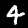
Digit: 4